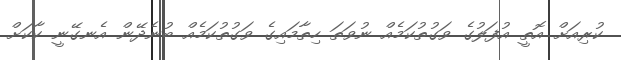
ކުރިއަށް އޮތީ އުފަލުގެ ވަގުތުކަމެއް ނުވަތަ ހިތާމައިގެ ވަގުތުކަމެއް ބުނެދޭން އެނގޭނީ ކާކަށް